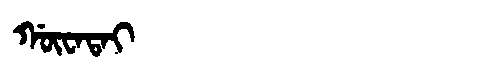
Manchu: ᡤᡡᠸᠠᡨᠠᡳ
Romanization: GŪWATAI